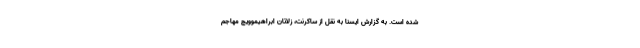
شده است. به گزارش ایسنا به نقل از ساکرنت، زلاتان ابراهیموویچ مهاجم